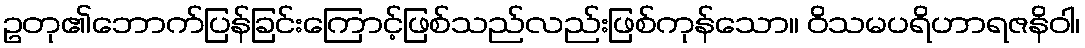
ဥတု၏ဘောက်ပြန်ခြင်းကြောင့်ဖြစ်သည်လည်းဖြစ်ကုန်သော။ ဝိသမပရိဟာရဇနိဝါ၊